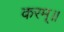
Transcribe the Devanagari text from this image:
करम्॥